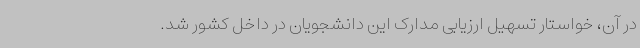
در آن، خواستار تسهیل ارزیابی مدارک این دانشجویان در داخل کشور شد.